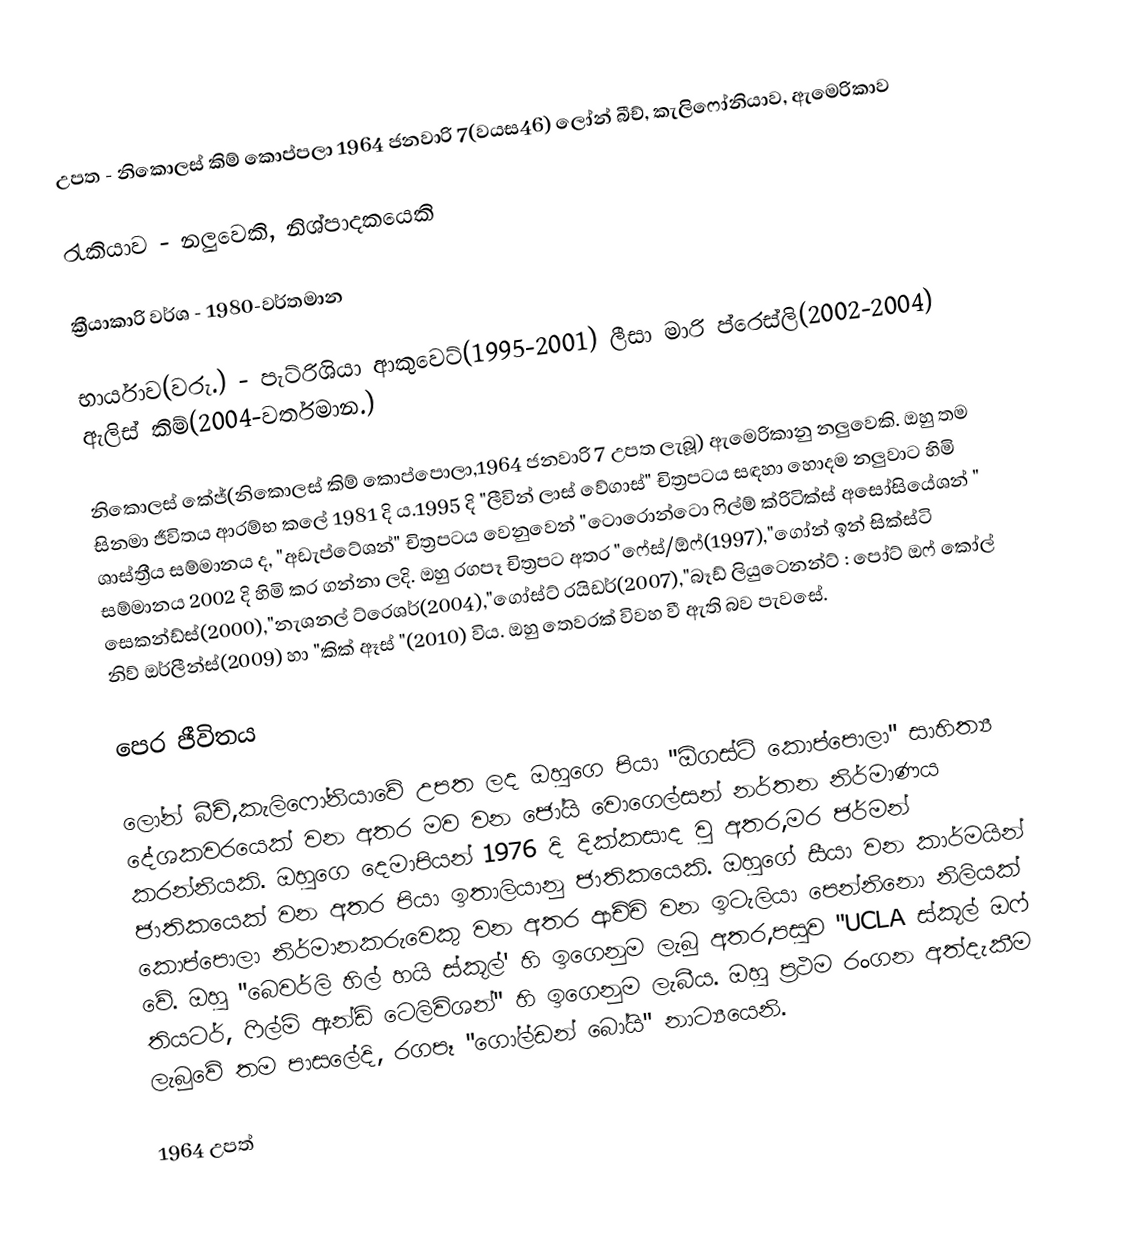
උපත		- නිකොලස් කිම් කොප්පලා 1964 ජනවාරි 7(වයස46) ලෝන් බීච්, කැලිෆෝනියාව, ඇමෙරිකාව

රැකියාව		- නලුවෙකි, නිශ්පාදකයෙකි

ක්‍රීයාකාරි වර්ශ	- 1980-වර්තමාන

භාර්යාව(වරු.)	- පැට්රිශියා ආකුවෙට්(1995-2001) ලීසා මාරි ප්රෙස්ලි(2002-2004) ඇලිස් කිම්(2004-වර්තමාන.)

නිකොලස් කේජ්(නිකොලස් කිම් කොප්පොලා,1964 ජනවාරි 7 උපත ලැබූ) ඇමෙරිකානු නලුවෙකි. ඔහු තම සිනමා ජීවිතය ආරම්භ කලේ 1981 දි ය.1995 දි "ලීවින් ලාස් වේගාස්" චිත්‍රපටය සඳහා හොදම නලුවාට හිමි ශාස්ත්‍රීය සම්මානය ද, "අඩැප්ටේශන්" චිත්‍රපටය වෙනුවෙන් "ටොරොන්ටො ෆිල්ම් ක්රිටික්ස් අසෝසියේශන් " සම්මානය 2002 දි හිමි කර ගන්නා ලදි. ඔහු රගපෑ චිත්‍රපට අතර "ෆේස්/ඕෆ්(1997),"ගෝන් ඉන් සික්ස්ටි සෙකන්ඩ්ස්(2000),"නැශනල් ට්රෙශර්(2004),"ගෝස්ට් රයිඩර්(2007),"බෑඩ් ලියුටෙනන්ට් : පෝට් ඔෆ් කෝල් නිව් ඔර්ලීන්ස්(2009) හා "කික් ඈස් "(2010) විය. ඔහු තෙවරක් විවහ වී ඇති බව පැවසේ.

පෙර ජීවිතය

ලෝන් බීච්,කැලිෆෝනියාවේ උපත ලද ඔහුගෙ පියා "ඕගස්ට් කොප්පොලා" සාහිත්‍ය දේශකවරයෙක් වන අතර මව වන ජෝයි වොගෙල්සන් නර්තන නිර්මාණය කරන්නියකි. ඔහුගෙ දෙමාපියන් 1976 දි දික්කසාද වු අතර,මර ජර්මන් ජාතිකයෙක් වන අතර පියා ඉතාලියානු ජාතිකයෙකි. ඔහුගේ සීයා වන කාර්මයින් කොප්පොලා නිර්මානකරුවෙකු වන අතර ආච්චි වන ඉටැලියා පෙන්නිනො නිලියක් වේ. ඔහු "බෙවර්ලි හිල් හයි ස්කූල්' හි ඉගෙනුම ලැබු අතර,පසුව "UCLA ස්කූල් ඔෆ් තියටර්, ෆිල්ම් ඇන්ඩ් ටෙලිවිශන්" හි ඉගෙනුම ලැබීය. ඔහු ප්‍රථම රංගන අත්දැකීම ලැබුවේ තම පාසලේදි, රගපෑ "ගෝල්ඩන් බෝයි" නාට්‍යයෙනි.

1964 උපත්